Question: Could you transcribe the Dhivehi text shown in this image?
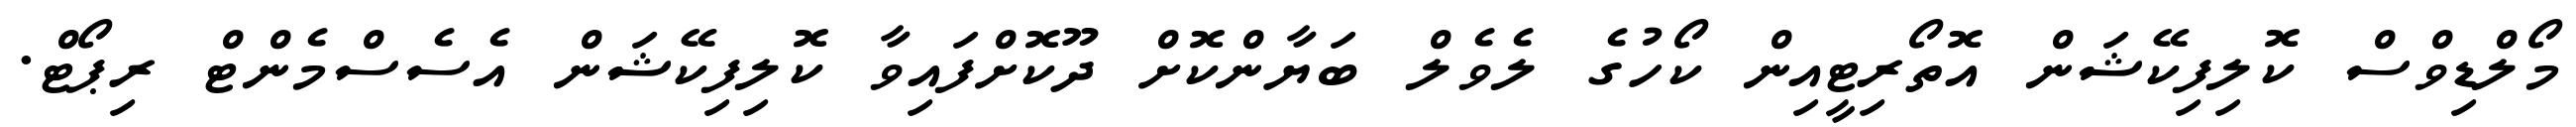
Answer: މޯލްޑިވްސް ކޮލިފިކޭޝަން އޮތޯރިޓީއިން ކޯހުގެ ލެވެލް ބަޔާންކޮށް ދޫކޮށްފައިވާ ކޮލިފިކޭޝަން އެސެސްމެންޓް ރިޕޯޓް.